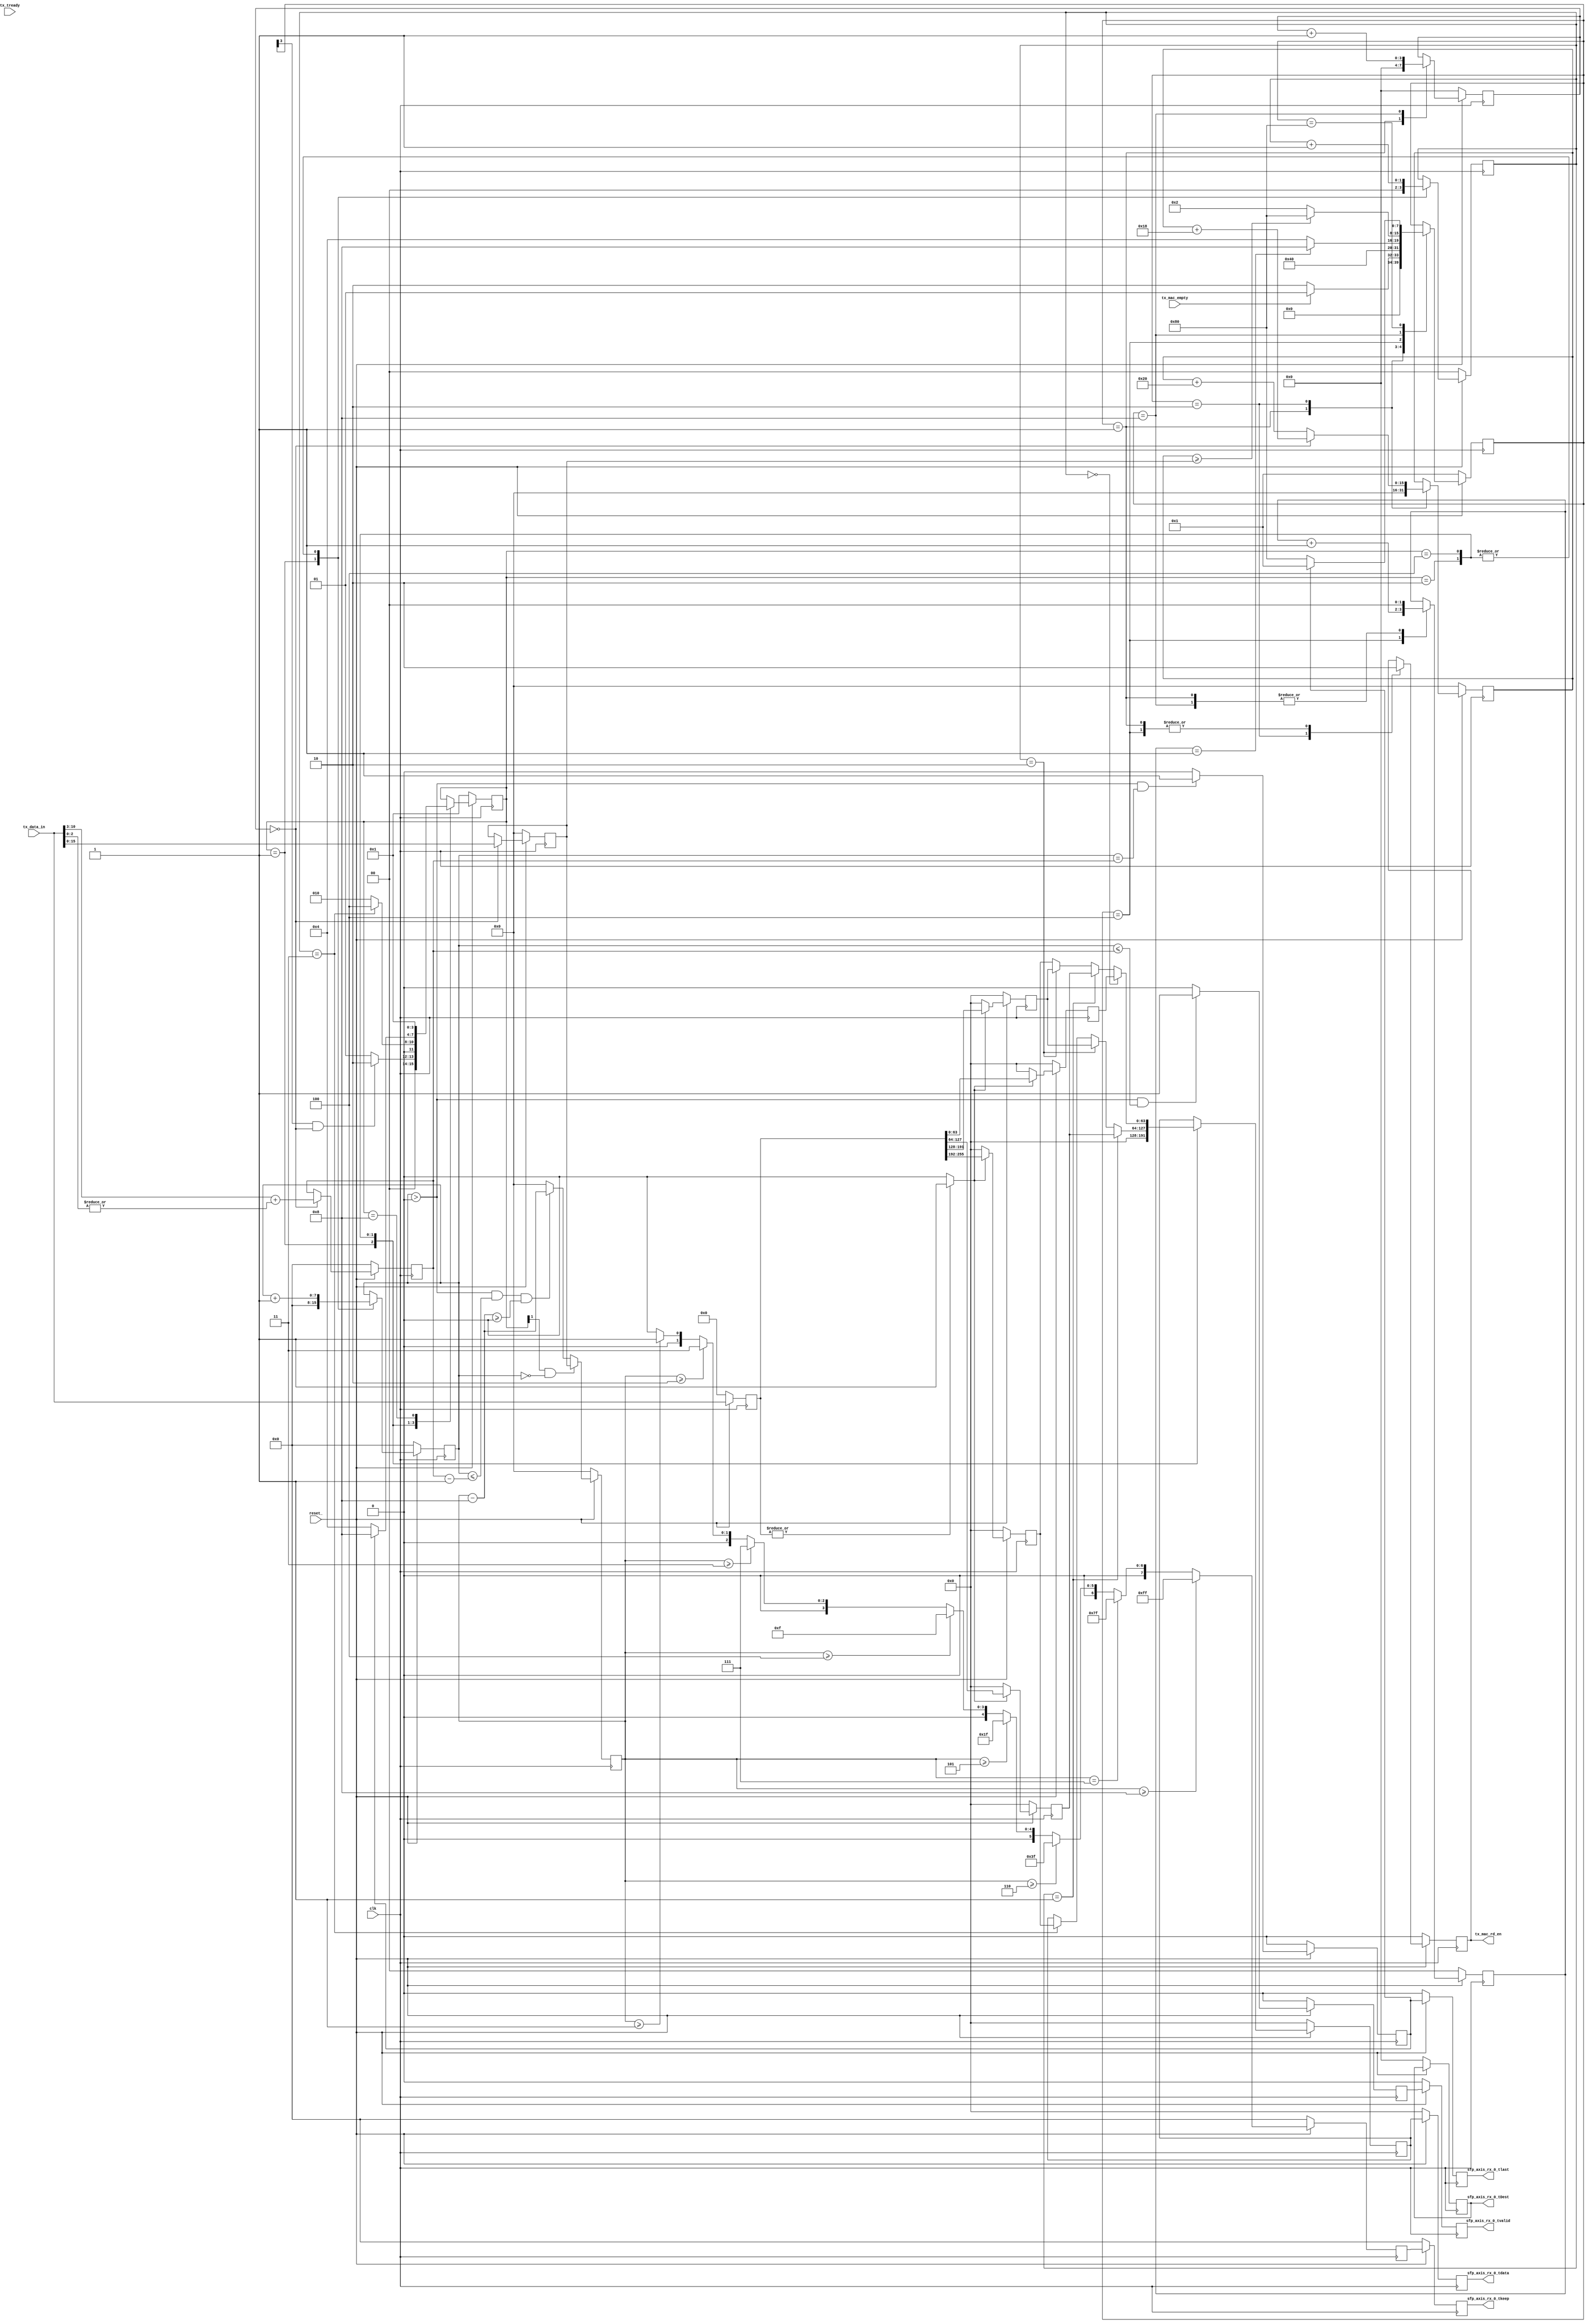
//****************************************************************
// December 6, 2022
//
// Licensed to the Apache Software Foundation (ASF) under one
// or more contributor license agreements.  See the NOTICE file
// distributed with this work for additional information
// regarding copyright ownership.  The ASF licenses this file
// to you under the Apache License, Version 2.0 (the
// "License"); you may not use this file except in compliance
// with the License.  You may obtain a copy of the License at
//
//   http://www.apache.org/licenses/LICENSE-2.0
//
// Unless required by applicable law or agreed to in writing,
// software distributed under the License is distributed on an
// "AS IS" BASIS, WITHOUT WARRANTIES OR CONDITIONS OF ANY
// KIND, either express or implied.  See the License for the
// specific language governing permissions and limitations
// under the License.
//
// Date: N/A
// Project: OmniXtend Core
// Comments: N/A
//
//********************************
// File history:
//   N/A
//****************************************************************

`timescale 1ns / 1ps

module NETE_TX(
            input                   clk,
            input                   reset_,
            
            // FIFO I/O
            input  [255:0]          tx_data_in,
            input                   tx_mac_empty,
            output reg              tx_mac_rd_en,
            
            // Output signals to ENDPOINT 
            input                   tx_tready,  
            output reg [63:0]       sfp_axis_rx_0_tdata,    
            output reg              sfp_axis_rx_0_tvalid,
            output reg [7:0]        sfp_axis_rx_0_tkeep,            // Mask, 1bit keep -> 1byte data
            output reg [3:0]        sfp_axis_rx_0_tDest,            // ChipID, assign 0 for now
            output reg              sfp_axis_rx_0_tlast             // Send out along with last data byte
    );
    
    parameter   NETE_IDLE   =   8'h01;
    parameter   NETE_RDEN   =   8'h02;
    parameter   NETE_WAIT   =   8'h04;
    parameter   NETE_DECO   =   8'h08;
    parameter   NETE_DONE   =   8'h80;
    
    parameter   OUTP_IDLE   =   4'h1;
    parameter   OUTP_NO_C   =   4'h2;
    parameter   OUTP_OUTP   =   4'h4;
    parameter   OUTP_DONE   =   4'h8;
    
    reg  [7:0]       nete_sm;
    wire             nete_idle;
    wire             nete_rden;
    wire             nete_wait;
    wire             nete_deco;
    wire             nete_done;
    
    reg  [3:0]       outp_sm;
    wire             outp_idle;
    wire             outp_no_c;
    wire             outp_outp;
    wire             outp_done;
    
    reg  [1:0]       wait_cnt;               // wait 2 cycles
    reg  [3:0]       qqword_total;           // total number of qqword in this pkt
    reg  [3:0]       qqword_cnt;             // count qqword
    reg  [3:0]       qqword_cnt_buf;
    reg  [7:0]       qword_total;           // total number of qword in this pkt
    reg  [7:0]       qword_cnt;             // count qword

    reg  [15:0]      bcnt;                   // store bcnt (first 16 bit of first qqword)
    reg  [15:0]      bcnt_left;              // subtract 8bytes from bcnt for ever output
    reg  [255:0]     data_in;                // input buffer for data
    reg  [3:0]       last_bcnt;              // stores bcnt of last qword
    reg  [15:0]      input_bcnt;             // input bcnt left
    
    reg  [63:0]      reg_1;                  // stores 64bit of data output from 256 input
    reg  [63:0]      reg_2;
    reg  [63:0]      reg_3;
    reg  [63:0]      reg_4;
       
    reg              data_in_valid;          // data valid for buffered input
    reg  [1:0]       outp_cnt;               // cnt to 4
    
    wire             output_ready;           // high when 4 registers have data, ready to output
    reg  [63:0]      data_out_buf;           // delay data_out for 1 clk to match with keep
    reg              valid_out_buf;          // delay valid_out for 1 clk to match with keep
    reg              last_out_buf;           // delay last_out for 1 clk to match with keep
    reg  [7:0]       keep_buff;
    
    assign nete_idle = nete_sm[0];
    assign nete_rden = nete_sm[1];
    assign nete_wait = nete_sm[2];
    assign nete_deco = nete_sm[3];
    assign nete_done = nete_sm[7];
    
    assign outp_idle = outp_sm[0];
    assign outp_no_c = outp_sm[1];
    assign outp_outp = outp_sm[2];    
    assign outp_done = outp_sm[3];
    
    assign output_ready = (|data_in) ? 1'b1 : 1'b0 ;
    
    always@ (posedge clk) begin              // NETE_SM FLOW       
        if(!reset_) begin
            nete_sm <=  NETE_IDLE;
            outp_sm <=  OUTP_IDLE ;
        end // if reset_
        else begin
            case(nete_sm)
                NETE_IDLE : nete_sm <= (!tx_mac_empty) ? NETE_RDEN : NETE_IDLE ;
                NETE_RDEN : nete_sm <= NETE_WAIT;
                NETE_WAIT : nete_sm <= (wait_cnt == 2'd1) ? NETE_DECO : NETE_WAIT ;
                NETE_DECO : nete_sm <= (input_bcnt >= bcnt) ? NETE_DONE : NETE_RDEN ;
                NETE_DONE : nete_sm <= (last_out_buf) ? NETE_IDLE : NETE_DONE;
            endcase
            case(outp_sm)
                OUTP_IDLE : outp_sm <= (nete_deco && qqword_cnt == 4'b0) ? OUTP_NO_C : OUTP_IDLE ;
                OUTP_NO_C : outp_sm <= (outp_cnt == 2'd3) ? OUTP_OUTP : OUTP_NO_C ;
                OUTP_OUTP : outp_sm <= (last_out_buf) ? OUTP_DONE : OUTP_OUTP ;
                OUTP_DONE : outp_sm <= OUTP_IDLE ;
            endcase            
        end
    end // always
    
    
    always@ (posedge clk) begin              // SM Logic   
        if(!reset_) begin
            // ======================= NETE_SM LOGIC =======================
            tx_mac_rd_en            <= 1'b0;
            qqword_cnt              <= 4'b0;
//            bcnt_left               <= 15'b0;
            
            wait_cnt                <= 2'b0;
            input_bcnt              <= 16'b0 ;

            // ======================= OUTP_SM LOGIC =======================
            qword_cnt               <= 8'b0 ;
            outp_cnt                <= 2'b0 ;
            data_out_buf            <= 64'b0 ;
        end // if reset
        
        else begin
            // ======================= NETE_SM LOGIC =======================
            case(nete_sm)
                NETE_IDLE   :   begin
                    tx_mac_rd_en            <= 1'b0;
                    qqword_cnt              <= 4'b0;
                    wait_cnt                <= 2'b0;
                    input_bcnt              <= 16'b0 ;
                end
                NETE_RDEN   :   begin
                    tx_mac_rd_en            <= 1'b1;  
                    input_bcnt              <= (qqword_cnt == 4'b0) ? input_bcnt + 16'd24 :
                                               input_bcnt + 16'd32 ;                 
                end
                NETE_WAIT   :   begin
                    tx_mac_rd_en            <= 1'b0;
                    wait_cnt                <= wait_cnt + 2'd1 ;
                    
                end
                NETE_DECO   :   begin
                    wait_cnt                <= 2'd0;
                    qqword_cnt              <= qqword_cnt + 4'd1 ;
//                    bcnt_left               <= (qqword_cnt == 4'd0) ? data_in[63:0] : bcnt_left ;
                    
//                    tx_mac_rd_en            <= (qqword_cnt < qqword_total-1) ? 1'b1 : 1'b0 ;
                    
                end
                NETE_DONE   :   begin
                
                end   
            endcase
            // ======================= OUTP_SM LOGIC =======================
            case(outp_sm)
                OUTP_IDLE   :   begin
                    qword_cnt               <= 8'b0 ;
                    data_out_buf            <= 64'b0 ;
                    outp_cnt                <= 2'b0 ;
                end
                OUTP_NO_C   :   begin
                    qword_cnt               <= qword_cnt + 8'd1 ;
                    outp_cnt                <= outp_cnt + 2'd1 ;
                    data_out_buf            <= (outp_cnt == 2'd1) ? reg_2 :
                                               (outp_cnt == 2'd2) ? reg_3 :
                                               (outp_cnt == 2'd3) ? reg_4 :
                                               data_out_buf ;
                                                                   
                end
                OUTP_OUTP   :   begin
                    qword_cnt               <= qword_cnt + 8'd1 ;
                    outp_cnt                <= outp_cnt + 2'd1 ;
                    data_out_buf            <= (outp_cnt == 2'd0) ? reg_1 :
                                               (outp_cnt == 2'd1) ? reg_2 :
                                               (outp_cnt == 2'd2) ? reg_3 :
                                               reg_4 ;
                                                
                end
                OUTP_DONE   :   begin
                    
                end
            endcase
        end // else        
    end // always    
    
    always@ (posedge clk) begin
        if(!reset_) begin
            data_in                 <= 256'b0 ;
            qqword_total            <= 4'b0;
            last_bcnt               <= 8'b0 ;
            bcnt                    <= 16'b0;
            qqword_cnt_buf          <= 4'b0;
            data_in_valid           <= 1'b0;
            
            bcnt_left               <= 16'b0;
            reg_1                   <= 64'b0;
            reg_2                   <= 64'b0;
            reg_3                   <= 64'b0;
            reg_4                   <= 64'b0;    
            sfp_axis_rx_0_tvalid    <= 1'b0 ;  
            sfp_axis_rx_0_tlast     <= 1'b0 ;   
            sfp_axis_rx_0_tkeep     <= 8'b0 ;  
            sfp_axis_rx_0_tdata     <= 64'b0 ;
            sfp_axis_rx_0_tDest     <= 4'b0;
            
            valid_out_buf           <= 1'b0 ;  
            last_out_buf            <= 1'b0 ; 
            qword_total             <= 8'b0 ;    
            
            keep_buff               <= 8'b0 ;         
        end
        
        else begin
            data_in         <= tx_data_in ;
            
            qword_total     <= (qqword_cnt == 4'b0) ? tx_data_in[15:3] + (|tx_data_in[2:0]) : qword_total ;
                               
            qqword_total    <= (nete_idle) ? 4'b0 :
                               (qqword_cnt == 4'b0) ? tx_data_in[15:5] + (|tx_data_in[4:0]) : qqword_total ;
                               
            last_bcnt       <= (nete_idle) ? 8'b0 :
                               (qqword_cnt == 8'b0) ? (tx_data_in[2:0]) : last_bcnt ;
                               
            bcnt            <= (qqword_cnt == 8'd0) ? tx_data_in[63:0] : bcnt;   
            qqword_cnt_buf  <= qqword_cnt ;      
            
//            data_out2       <= data_out;
//            data_valid2     <= data_valid;
//            sfp_axis_rx_0_tvalid <= data_valid2;
//            sfp_axis_rx_0_tdata  <= data_out2;
            data_in_valid           <= (qqword_cnt > 4'd0 && qqword_cnt_buf < qqword_total) ? 1'b1 : 1'b0 ;
            
            reg_1                   <= (output_ready) ? data_in[63:0]    : 64'b0 ;
            reg_2                   <= (output_ready) ? data_in[127:64]  : 64'b0 ;
            reg_3                   <= (output_ready) ? data_in[191:128] : 64'b0 ;
            reg_4                   <= (output_ready) ? data_in[255:192] : 64'b0 ;    
            
            bcnt_left               <= (outp_no_c && qword_cnt == 8'd0) ? bcnt :
                                       (qword_cnt > 8'd0 && qword_cnt <= qword_total-8'd1 && bcnt_left - 8'd8 >= 8'd0) ? bcnt_left - 8'd8 : 16'b0 ;
            
            valid_out_buf           <= (qword_cnt > 8'd0 && qword_cnt <= qword_total) ? 1'b1 : 1'b0 ;                   
            sfp_axis_rx_0_tvalid    <= valid_out_buf ;
            
            last_out_buf            <= (qword_cnt > 8'b0 && qword_cnt == qword_total) ? 1'b1 : 1'b0 ;
            keep_buff               <= (bcnt_left >= 16'd8) ? 8'b1111_1111 :
                                       (bcnt_left == 16'd7) ? 8'b0111_1111 :  
                                       (bcnt_left >= 16'd6) ? 8'b0011_1111 :   
                                       (bcnt_left >= 16'd5) ? 8'b0001_1111 :
                                       (bcnt_left >= 16'd4) ? 8'b0000_1111 :
                                       (bcnt_left >= 16'd3) ? 8'b0000_0111 :
                                       (bcnt_left >= 16'd2) ? 8'b0000_0011 :
                                       (bcnt_left >= 16'd1) ? 8'b0000_0001 :
                                   8'b0000_0000;  
            sfp_axis_rx_0_tlast     <= last_out_buf ;
            sfp_axis_rx_0_tdata     <= data_out_buf ;
            if(sfp_axis_rx_0_tvalid) $display("DATA_OUT TO ENDPOINT: %h", sfp_axis_rx_0_tdata) ;
            sfp_axis_rx_0_tkeep     <= keep_buff;         
        end // else
    end // always
    
    reg [4*8-1:0] ascii_nete_sm;
    
    always@ (nete_sm) begin
        case(nete_sm)
            NETE_IDLE   :   ascii_nete_sm = "IDLE";
            NETE_RDEN   :   ascii_nete_sm = "RDEN";
            NETE_WAIT   :   ascii_nete_sm = "WAIT";
            NETE_DECO   :   ascii_nete_sm = "DECO";
            NETE_DONE   :   ascii_nete_sm = "DONE";
        endcase
    end    

    reg [4*8-1:0] ascii_outp_sm;
        
    always@(outp_sm) begin
        case(outp_sm)
            OUTP_IDLE   :   ascii_outp_sm = "IDLE";
            OUTP_NO_C   :   ascii_outp_sm = "NO_C";
            OUTP_OUTP   :   ascii_outp_sm = "OUTP";
            OUTP_DONE   :   ascii_outp_sm = "DONE";
        endcase
    end
    
    
    
    
    
    
    
//    parameter       NETE_IDLE = 8'h01;
//    parameter       NETE_RDEN = 8'h02;
//    parameter       NETE_WAIT = 8'h04;
//    parameter       NETE_DECO = 8'h08;
//    parameter       NETE_OUTP = 8'h10;
//    parameter       NETE_LOOP = 8'h20;
//    parameter       NETE_DONE = 8'h80;
    
//    reg [7:0]       nete_sm;
//    wire            nete_idle_st;
//    wire            nete_rden_st;
//    wire            nete_wait_st;
//    wire            nete_deco_st;
//    wire            nete_outp_st;
//    wire            nete_loop_st;
//    wire            nete_done_st;
    
//    reg  [3:0]      out_cnt;                // cnt to 4 (4-64bit output per 1-256bit input
//    reg  [15:0]     bcnt;                   // store bcnt (first 16 bit of first qqword)
//    reg  [15:0]     bcnt_left;              // subtract 8bytes from bcnt for ever output
//    reg  [3:0]      qqword_total;           // total number of qqword in this pkt
//    reg  [3:0]      qqword_cnt;             // count qqword
//    reg  [7:0]      qword_total;            // total number of quad word in this pkt
//    reg  [7:0]      qword_cnt;              // count qword
//    reg  [255:0]    data_in;                // input buffer for data
//    reg  [1:0]      wait_cnt;               // wait 2 cycles
//    reg  [3:0]      last_bcnt;              // stores bcnt of last qword
    
//    wire            not_full_8byte;          // high when last qword is not a full byte
//    wire [63:0]     out_1, out_2,           // assign to 64bit of data input
//                    out_3, out_4;
                                   
//    reg  [63:0]     data_out, data_out2;
//    reg             data_valid, data_valid2;
    
//    assign nete_idle_st = nete_sm[0] ;
//    assign nete_rden_st = nete_sm[1] ;
//    assign nete_wait_st = nete_sm[2] ;
//    assign nete_deco_st = nete_sm[3] ;
//    assign nete_outp_st = nete_sm[4] ;
//    assign nete_loop_st = nete_sm[5] ;
//    assign nete_done_st = nete_sm[7] ;
    
//    assign out_1 = (!reset_) ? 1'b0 : (qqword_cnt == 8'b1) ? data_in[127:64]  : data_in[63:0] ; 
//    assign out_2 = (!reset_) ? 1'b0 : (qqword_cnt == 8'b1) ? data_in[191:128] : data_in[127:64] ; 
//    assign out_3 = (!reset_) ? 1'b0 : (qqword_cnt == 8'b1) ? data_in[255:192] : data_in[191:128] ; 
//    assign out_4 = (!reset_) ? 1'b0 : (qqword_cnt == 8'b1) ? 64'b0            : data_in[255:192] ; 
    
////    assign first_qqword_done = qword_cnt == 8'd0 && out_cnt == 2'd2 ;
////    assign other_qqword_done = qword_cnt > 8'd0 && out_cnt == 2'd3 ;
    
//    assign not_full_8byte = (|last_bcnt) ;
    
//    always@ (posedge clk) begin             // NETE_SM Flow
//        if(!reset_) begin
//            nete_sm <= NETE_IDLE ;
//        end 
//        else begin
//            case(nete_sm)
//                NETE_IDLE   :   begin
//                    nete_sm <=  (!tx_mac_empty) ? NETE_RDEN : NETE_IDLE ;
//                end
//                NETE_RDEN   :   begin
//                    nete_sm <=  NETE_WAIT ;
//                end
//                NETE_WAIT   :   begin
//                    nete_sm <= (wait_cnt == 2'd1) ? NETE_DECO : NETE_WAIT ;
//                end
//                NETE_DECO   :   begin
//                    nete_sm <= (tx_tready) ? NETE_OUTP : NETE_DECO;
//                end
//                NETE_OUTP   :   begin
//                    nete_sm <= (qqword_cnt == 4'd1 && out_cnt == 4'd3 || qqword_cnt > 4'd1 && out_cnt == 4'd4) ? ((qqword_cnt < qqword_total) ? NETE_RDEN : NETE_DONE) :
//                               NETE_OUTP ; 

//                end
////                NETE_LOOP   :   begin
////                    nete_sm <= (qword_cnt == qword_total) ? NETE_DONE : NETE_RDEN ;
////                end
//                NETE_DONE   :   begin
//                    nete_sm <= NETE_IDLE ;
//                end
//                default     :   begin
//                    nete_sm <= NETE_IDLE ;
//                end
//            endcase
//        end
//    end // end 
    
//    always@ (posedge clk) begin
//        if(!reset_) begin
//            tx_mac_rd_en            <= 1'b0;
//            out_cnt                 <= 4'b0;
            
//            qword_cnt               <= 8'b0;
//            qqword_cnt              <= 4'b0;
//            bcnt_left               <= 15'b0;
            
//            data_out                <= 64'b0;
//            data_valid              <= 1'b0;
//            sfp_axis_rx_0_tkeep     <= 8'b0;
//            sfp_axis_rx_0_tDest     <= 4'b0;
//            sfp_axis_rx_0_tlast     <= 1'b0;
//            wait_cnt                <= 2'b0;
//        end // if reset
        
//        else begin
//            case(nete_sm)
//                NETE_IDLE   :   begin
//                    tx_mac_rd_en            <= 1'b0;
//                    out_cnt                 <= 4'b0;
//                    qword_cnt               <= 8'b0;
//                    qqword_cnt              <= 4'b0;
                    
//                    wait_cnt                <= 2'b0;
                    
//                    data_out                <= 64'b0;
//                    data_valid              <= 1'b0;
//                    sfp_axis_rx_0_tkeep     <= 8'b0;
//                    sfp_axis_rx_0_tlast     <= 1'b0;
//                end
//                NETE_RDEN   :   begin
//                    tx_mac_rd_en            <= 1'b1;
//                    sfp_axis_rx_0_tvalid    <= 1'b0;
                    
//                end
//                NETE_WAIT   :   begin
//                    tx_mac_rd_en            <= 1'b0;
//                    out_cnt                 <= 4'b0;
//                    wait_cnt                <= wait_cnt + 2'd1 ;
                    
//                end
//                NETE_DECO   :   begin
//                    qword_cnt               <= qword_cnt + 8'd1 ;
//                    wait_cnt                <= 2'd0;
//                    qqword_cnt              <= qqword_cnt + 4'd1 ;
//                    bcnt_left               <= (qqword_cnt == 4'd0) ? data_in[63:0] : bcnt_left ;
//                end
//                NETE_OUTP   :   begin
//                    out_cnt                 <= out_cnt + 2'd1 ;
//                    qword_cnt               <= qword_cnt + 8'd1 ;
//                    data_out                <= (out_cnt == 4'd0) ? out_1 :
//                                               (out_cnt == 4'd1) ? out_2 :
//                                               (out_cnt == 4'd2) ? out_3 :
//                                               out_4 ;
//                    data_valid              <= (qqword_cnt == 4'd1 && out_cnt < 4'd3 || qqword_cnt > 4'd1 && out_cnt < 4'd4) ? 1'b1 : 1'b0; 
//                    bcnt_left               <= (out_cnt > 4'd0 && bcnt_left >= 15'd8) ? bcnt_left - 15'd8 : 
//                                               (bcnt_left < 15'd8 && !(|data_out)) ? 15'd0 :bcnt_left ;  
                                                                     
//                end
//                NETE_DONE   :   begin
//                    sfp_axis_rx_0_tlast     <= 1'b1;  
//                end
//            endcase
//        end
//    end // always
    
    
//    always@ (posedge clk) begin
//        if(!reset_) begin
//            data_in         <= 256'b0 ;
//            qword_total     <= 8'b0;
//            qqword_total    <= 4'b0;
//            last_bcnt       <= 8'b0 ;
//            bcnt            <= 16'b0;
//        end
        
//        else begin
//            data_in         <= tx_data_in ;
            
//            qword_total     <= (nete_idle_st) ? 8'b0 :
//                               (qword_cnt == 8'b0) ? tx_data_in[15:3] + (|tx_data_in[2:0]) : qword_total ;
            
//            qqword_total    <= (nete_idle_st) ? 4'b0 :
//                               (qqword_cnt == 4'b0) ? tx_data_in[15:5] + (|tx_data_in[4:0]) : qqword_total ;
                               
//            last_bcnt       <= (nete_idle_st) ? 8'b0 :
//                               (qword_cnt == 8'b0) ? (tx_data_in[2:0]) : last_bcnt ;
                               
//            bcnt            <= (qword_cnt == 8'd0) ? data_in[63:0] : bcnt;         
            
//            data_out2       <= data_out;
//            data_valid2     <= data_valid;
//            sfp_axis_rx_0_tvalid <= data_valid2;
//            sfp_axis_rx_0_tdata  <= data_out2;
      
//            sfp_axis_rx_0_tkeep <= (bcnt_left >= 16'd8) ? 8'b1111_1111 :
//                                   (bcnt_left == 16'd7) ? 8'b0111_1111 :  
//                                   (bcnt_left >= 16'd6) ? 8'b0011_1111 :   
//                                   (bcnt_left >= 16'd5) ? 8'b0001_1111 :
//                                   (bcnt_left >= 16'd4) ? 8'b0000_1111 :
//                                   (bcnt_left >= 16'd3) ? 8'b0000_0111 :
//                                   (bcnt_left >= 16'd2) ? 8'b0000_0011 :
//                                   (bcnt_left >= 16'd1) ? 8'b0000_0001 :
//                                   8'b0000_0000;               
//        end // else
//    end // always
    
//    reg [4*8-1:0] ascii_nete_sm;
    
//    always@ (nete_sm) begin
//        case(nete_sm)
//            NETE_IDLE   :   ascii_nete_sm = "IDLE";
//            NETE_RDEN   :   ascii_nete_sm = "RDEN";
//            NETE_WAIT   :   ascii_nete_sm = "WAIT";
//            NETE_DECO   :   ascii_nete_sm = "DECO";
//            NETE_OUTP   :   ascii_nete_sm = "OUTP";
//            NETE_DONE   :   ascii_nete_sm = "DONE";
//        endcase
//    end
endmodule